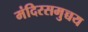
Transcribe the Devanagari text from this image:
मंदिरसमुच्चय